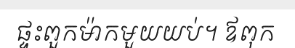
ផ្ទះពួកម៉ាកមួយយប់។ ឪពុក